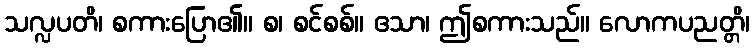
သလ္လပတိ၊ စကားပြော၏။ စ၊ စင်စစ်။ ဧသာ၊ ဤစကားသည်။ လောကပညတ္တိ၊